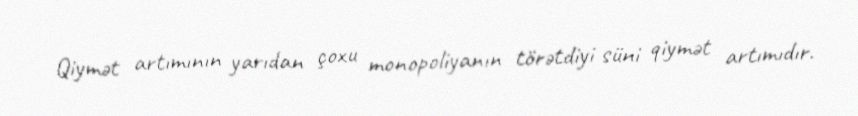
Qiymət artımının yarıdan çoxu monopoliyanın törətdiyi süni qiymət artımıdır.